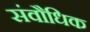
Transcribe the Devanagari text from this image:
संवौधिक